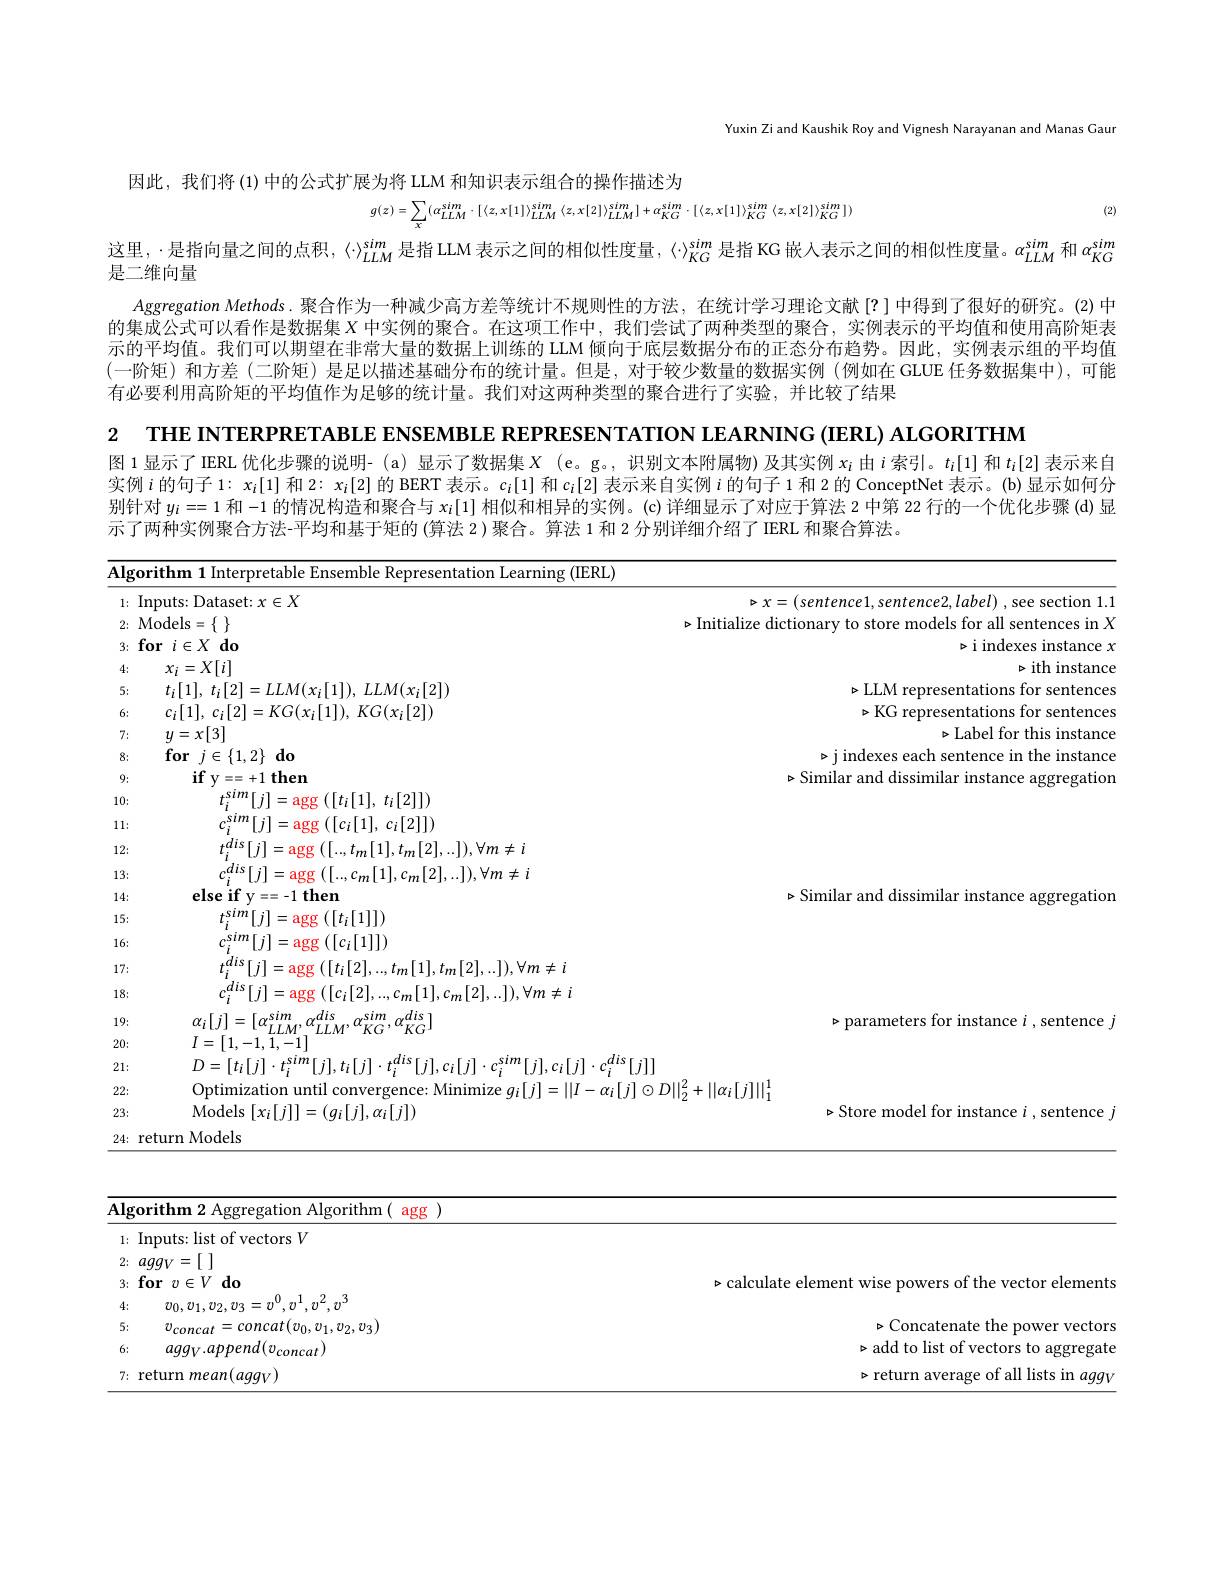
Yuxin Zi and Kaushik Roy and Vignesh Narayanan and Manas Gaur

因此，我们将 (1)中的公式扩展为将 LLM 和知识表示组合的操作描述为

(2)

$g(z)=\sum_{x}(\alpha_{LLM}^{sim}\cdot[\langle z,x[1]\rangle_{LLM}^{sim}\langle z,x[2]\rangle_{LLM}^{sim}]+\alpha_{KG}^{sim}\cdot[\langle z,x[1]\rangle_{KG}^{sim}\langle z,x[2]\rangle_{KG}^{sim}])$

这里，·是指向量之间的点积，〈$\cdot〉_{LLM}^{sim}是指 LLM 表示之间的相似性度量，〈\cdot〉_{KG}^{sim}是指 KG 嵌入表示之间的相似性度量。α_{LLM}^{sim}和α_{KG}^{sim}$
是二维向量
$A$ggregation Methods.聚合作为一种减少高方差等统计不规则性的方法，在统计学习理论文献[?]中得到了很好的研究。(2)中的集成公式可以看作是数据集$X$中实例的聚合。在这项工作中，我们尝试了两种类型的聚合，实例表示的平均值和使用高阶矩表示的平均值。我们可以期望在非常大量的数据上训练的 LLM 倾向于底层数据分布的正态分布趋势。因此，实例表示组的平均值(一阶矩)和方差 (二阶矩)是足以描述基础分布的统计量。但是，对于较少数量的数据实例(例如在 GLUE 任务数据集中),可能有必要利用高阶矩的平均值作为足够的统计量。我们对这两种类型的聚合进行了实验，并比较了结果
2 ТНЕ INTERРRETABLE ENSEMBLE REPRESENTATION LEARNING (IERL) ALGORITHM
图 1 显示了 IERL 优化步骤的说明- (a) 显示了数据集$X$ (e。g。,识别文本附属物)及其实例$x_\mathrm{i}$由$i$索引。$t_i[1]$和$t_i[2]$表示来自

实例$i$的句子 1: $x_i[1]$和 2: $x_i[2]$的 BERT 表示。$c_i[1]$和$c_i[2]$表示来自实例$i$的句子 1 和 2 的 ConceptNet 表示。(b) 显示如何分

<table>
	<tbody>
		<tr>
			<th>$\overline{\mathbf{Algo}}$</th>
			<th>rithm 11lnterpr mble Ret $(115RL$ ranon learnins</th>
			<th> </th>
		</tr>
		<tr>
			<td>$I:$ 1:</td>
			<td>Dataset: $x\in X$ nnuts:</td>
			<td>$\triangleright \chi = ( sentence1, sentence2, label)$ ,see section 1.1</td>
		</tr>
		<tr>
			<td>$N$ 2:</td>
			<td>Models$= \{$</td>
			<td> </td>
		</tr>
		<tr>
			<td>$\mathbf{f}$ 3:</td>
			<td>$\textbf{for}i\in X$do</td>
			<td>biimo Y</td>
		</tr>
		<tr>
			<td>4:</td>
			<td>$x_{i}=X|i|$</td>
			<td>$b_{\mathrm{ith}}$ instanc</td>
		</tr>
		<tr>
			<td>5:</td>
			<td>:111 $t: 12$ $LLM(x_{i}[2])$</td>
			<td>$\triangleright\Pi,M$</td>
		</tr>
		<tr>
			<td>6:</td>
			<td>$r: | 1|$ $c: | 2$ $K(i)$ $KG(x_{i}[2])$</td>
			<td>pKG</td>
		</tr>
		<tr>
			<td>7:</td>
			<td>$y=x[3]$</td>
			<td>$\triangleright$Iabel f $f_{t}$</td>
		</tr>
		<tr>
			<td>8:</td>
			<td>$\textbf{for}j\in \{ 1, 2\} \textbf{do}$</td>
			<td> </td>
		</tr>
		<tr>
			<td>9:</td>
			<td>$\textbf{if y}= = + 1$then</td>
			<td>Similar 1 diss ratior amd</td>
		</tr>
		<tr>
			<td>10:</td>
			<td>111 aggg $( [ t_{i}[ 1] $, $t_{i}[ 2] ] )$</td>
			<td> </td>
		</tr>
		<tr>
			<td>11:</td>
			<td>107 $( [ c_i[ 1] $, $c_i[ 2] ] )$</td>
			<td> </td>
		</tr>
		<tr>
			<td>12:</td>
			<td>11 1111 $n[2],..1),\forall m\neq i$</td>
			<td> </td>
		</tr>
		<tr>
			<td>13:</td>
			<td>$\left|1\right|.$ $,[2],..]),\forall m\neq i$</td>
			<td> </td>
		</tr>
		<tr>
			<td>14:</td>
			<td>$\textbf{else if y}= = - 1$then</td>
			<td>Similar 1 diss ratior amd</td>
		</tr>
		<tr>
			<td>15:</td>
			<td>$\left|i\right|$ agg $([t_{i}[1]])$</td>
			<td> </td>
		</tr>
		<tr>
			<td>16:</td>
			<td>$\left[i\right]$ agg $([c_{i}[1]])$</td>
			<td> </td>
		</tr>
		<tr>
			<td>17:</td>
			<td>$.|1|.t$ $n[2],..]),\forall m\neq i$</td>
			<td> </td>
		</tr>
		<tr>
			<td>18:</td>
			<td>$\|1\|$ $_{n}[2],..]),\forall m\neq i$ $|C_{i}|Z$ $m$</td>
			<td> </td>
		</tr>
		<tr>
			<td>19:</td>
			<td>$\alpha_{i}[i]=$ $|n$ sth sim $,dis$ </td>
			<td>for ie entence</td>
		</tr>
		<tr>
			<td>20:</td>
			<td>$I=[1,-1,\overline{1,-1}]$</td>
			<td> </td>
		</tr>
		<tr>
			<td>21:</td>
			<td> </td>
			<td> </td>
		</tr>
		<tr>
			<td>22:</td>
			<td>Optimization until convergence: Minimize $q_i|i|=||I-\alpha_i|i|$</td>
			<td>$|\alpha_{i}[j]\|_{1}^{1}$</td>
		</tr>
		<tr>
			<td>23:</td>
			<td>${\mathrm{Models~}}[x_{i}[j]]=(g_{i}[j],\alpha_{i}[j])$</td>
			<td>$\triangleright Storemodelf$ for instance sentence 1.</td>
		</tr>
		<tr>
			<td>24: r</td>
			<td>return Models</td>
			<td> </td>
		</tr>
	</tbody>
</table>

别针对$y_i==1$和-1的情况构造和聚合与$x_i[1]$相似和相异的实例。(c)详细显示了对应于算法 2 中第 22 行的一个优化步骤(d)显

<table>
	<tbody>
		<tr>
			<td>rorithm ation Algorithm agg 1</td>
			<td> </td>
		</tr>
		<tr>
			<td>${\mathrm{f~vectors~}}V$ 1: Innuts: $|isf$ $\because$of</td>
			<td> </td>
		</tr>
		<tr>
			<td>$aaa_{\mathrm{W}}=$</td>
			<td> </td>
		</tr>
		<tr>
			<td>for $\textbf{r}v\in V$do 2.</td>
			<td>.calculate element elements</td>
		</tr>
		<tr>
			<td>4: $v_0,v_1,v_2$ $T$ $TY$</td>
			<td> </td>
		</tr>
		<tr>
			<td>5: $v_{concat}$ $\textit{concat}( v_0, v_1, v_2, v_3)$</td>
			<td>$\triangleright($ioncatenate the now r Vertor</td>
		</tr>
		<tr>
			<td>6: $agg_V.append(v_{concat})$</td>
			<td>$\triangleright$add to list of vectors to</td>
		</tr>
		<tr>
			<td>return $(aqq_{V})$ mennf</td>
			<td>$\triangleright$returm $aa$</td>
		</tr>
	</tbody>
</table>